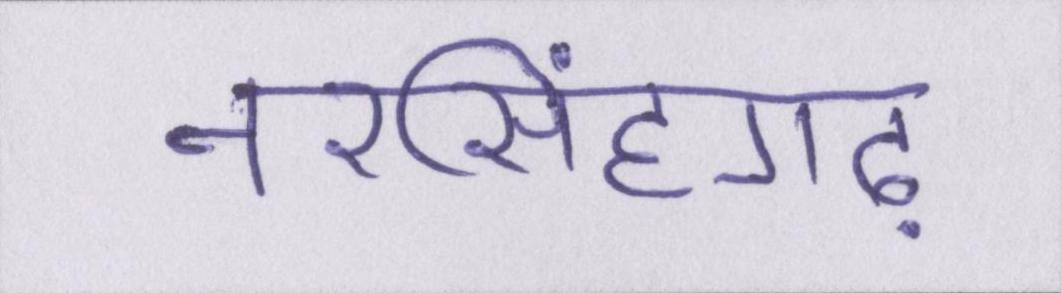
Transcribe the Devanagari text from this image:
नरसिंहगढ़